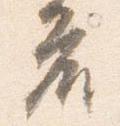
座